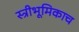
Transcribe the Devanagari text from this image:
स्त्रीभूमिकाच